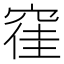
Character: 𮄂